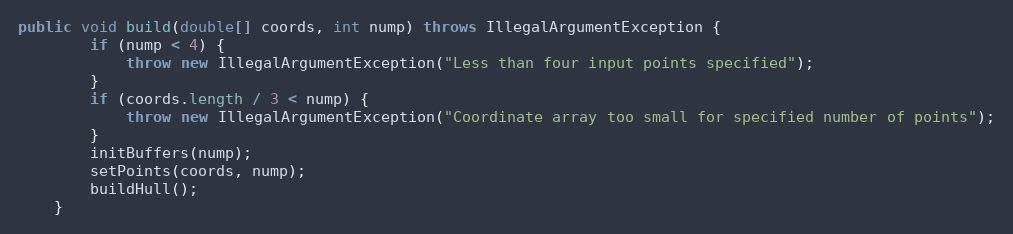
Language: Java
public void build(double[] coords, int nump) throws IllegalArgumentException {
        if (nump < 4) {
            throw new IllegalArgumentException("Less than four input points specified");
        }
        if (coords.length / 3 < nump) {
            throw new IllegalArgumentException("Coordinate array too small for specified number of points");
        }
        initBuffers(nump);
        setPoints(coords, nump);
        buildHull();
    }